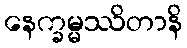
နေက္ခမ္မဿိတာနိ